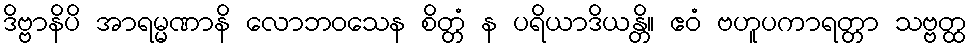
ဒိဗ္ဗာနိပိ အာရမ္မဏာနိ လောဘဝသေန စိတ္တံ န ပရိယာဒိယန္တိ။ ဧဝံ ဗဟူပကာရတ္တာ သဗ္ဗတ္ထ